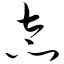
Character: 态